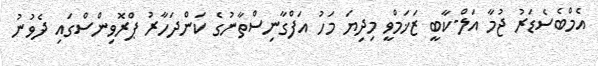
އެމްބެސެޑަރު ޖުމާ އަލް-ކާބީ ޒަޚަމްވީ މިދިޔަ މަހު އަފްގާނިސްތާނުގެ ކަންދަހާރު ޕްރޮވިންސްގައި ދެވުނު